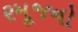
રમૂજનો